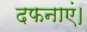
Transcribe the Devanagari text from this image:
दफनाएं।